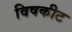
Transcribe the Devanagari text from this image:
विषकीट